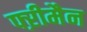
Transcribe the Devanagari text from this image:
फ्ऱीमैन